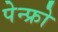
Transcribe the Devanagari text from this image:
पेन्फ्रो